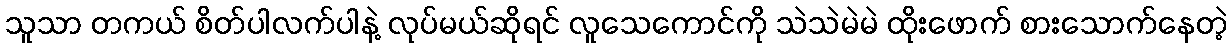
သူသာ တကယ် စိတ်ပါလက်ပါနဲ့ လုပ်မယ်ဆိုရင် လူသေကောင်ကို သဲသဲမဲမဲ ထိုးဖောက် စားသောက်နေတဲ့